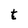
Character: t